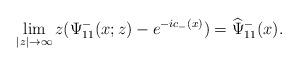
LaTeX: \begin{align*}\lim _{|z| \rightarrow \infty}z(\Psi^-_{11}(x;z)-e^{-ic_-(x)})=\widehat{\Psi}^-_{11}(x).\end{align*}